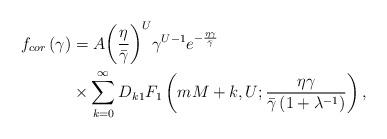
LaTeX: \begin{align*}{f_{cor}}\left( \gamma \right) &= A{\left( {\frac{\eta }{{\bar \gamma }}} \right)^U}{\gamma ^{U - 1}}{e^{ - \frac{\eta \gamma}{{\bar \gamma }}}} \\&\times \sum\limits_{k = 0}^\infty {{D_k}} {}_1{F_1}\left( {mM+k,U;\frac{{\eta \gamma }}{{\bar \gamma \left( {1 + {\lambda ^{ - 1}}} \right)}}} \right),\end{align*}